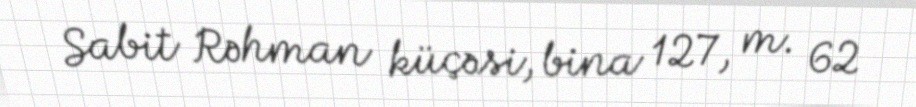
Sabit Rəhman küçəsi, bina 127, m. 62